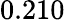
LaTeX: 0.210